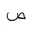
Letter: _sad